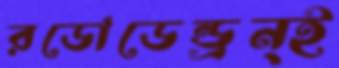
রডোডেন্ড্রন্ই